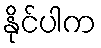
နိုင်ပါက